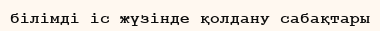
білімді іс жүзінде қолдану сабақтары